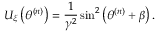
U _ { \xi } \left( \theta ^ { ( n ) } \right) = \frac { 1 } { \gamma ^ { 2 } } \sin ^ { 2 } \left( \theta ^ { ( n ) } + \beta \right) .